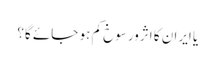
یا ایران کا اثرورسوخ کم ہو جائے گا؟